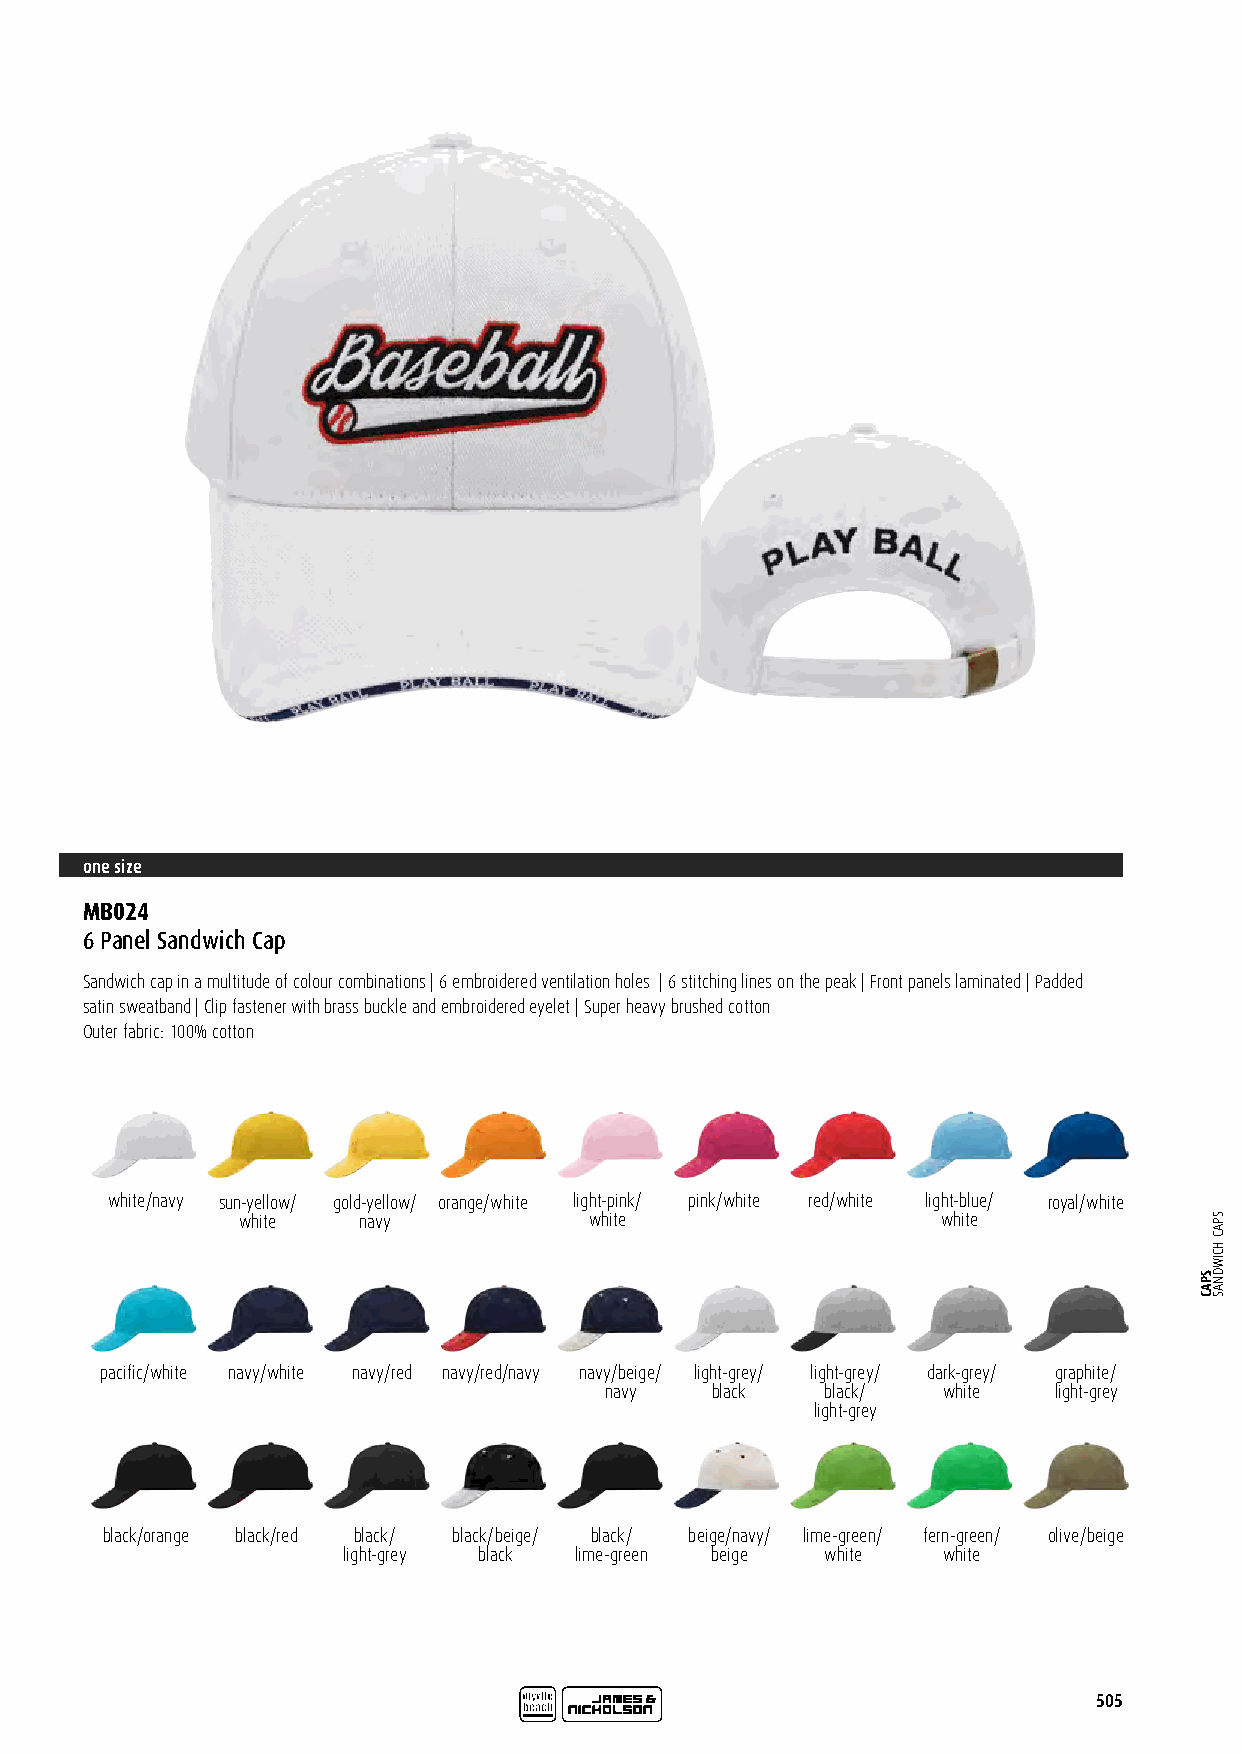
one size
 MB024
 6 Panel Sandwich Cap
 Sandwich cap in a multitude of colour combinations | 6 embroidered ventilation holes | 6 stitching lines on the peak | Front panels laminated | Padded
 satin sweatband | Clip fastener with brass buckle and embroidered eyelet | Super heavy brushed cotton
 Outer fabric: 100% cotton
 white/navy sun-yellow/ gold-yellow/ orange/white light-pink/ pink/white red/white light-blue/ royal/white
 white   navy           white                  white
 pacific/white navy/white navy/red navy/red/navy navy/beige/ light-grey/ light-grey/ dark-grey/ graphite/
 navy   black   black/ white   light-grey
 light-grey
 black/orange black/red black/ black/beige/ black/ beige/navy/ lime-green/ fern-green/ olive/beige
 light-grey black lime-green beige white white
 505
 SPAC
 SPAC
 HCIWDNAS